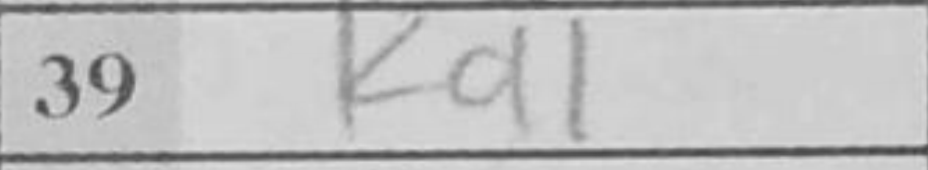
Transcription: Kd1